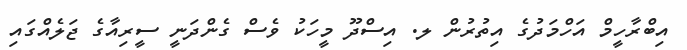
އިބްރާހީމް އަހްމަދުގެ އިތުރުން ލ. އިސްދޫ މީހަކު ވެސް ގެންދަނީ ސީރިއާގެ ޖަލެއްގައި